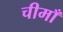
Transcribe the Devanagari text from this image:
चीमाँ